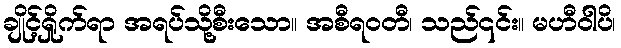
ချိုင့်ရှိုက်ရာ အရပ်သို့စီးသော။ အစီရဝတီ၊ သည်၎င်း။ မဟီဝါပိ၊